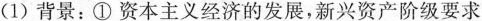
(1) 背景：①资本主义经济的发展，新兴资产阶级要求